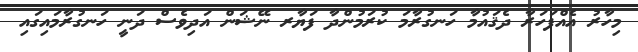
މިހާރު އެއްފަހަރާ ދެޤައުމާ ހަނގުރާމަ ކުރަމުންދާ ފަޔާރ ނޭޝަން އަދިވެސް ދަނީ ހަނގުރާމައިގައި